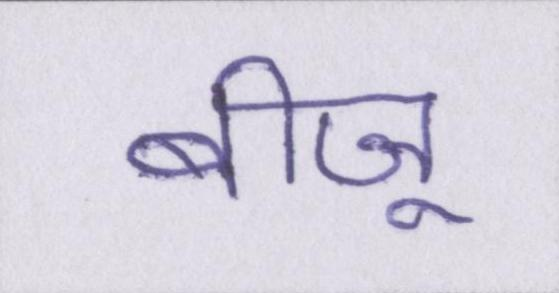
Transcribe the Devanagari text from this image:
बीजू